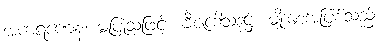
အကရဏေန၊ မပြုသဖြင့်။ ဗီဇဒေါသဒုဋ္ဌံ၊ မျိုးစေ့အပြစ်သည်